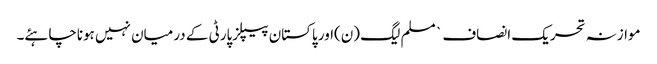
موازنہ تحریک انصاف ` مسلم لیگ (ن)اور پاکستان پیپلزپارٹی کے درمیان نہیں ہوناچاہئے۔